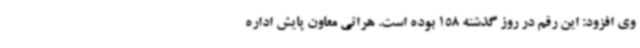
وی افزود: این رقم در روز گذشته 158 بوده است. هراتی معاون پایش اداره